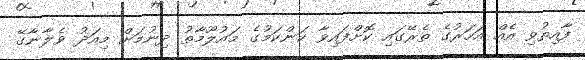
ފާއިތުވި އެއް އަހަރުގެ ތެރޭގައި ކޮށްފައިވާ ކަންކަމުގެ މައުލޫމާތު ދިނުމަށް މިއަދު ވެލާނާގޭ